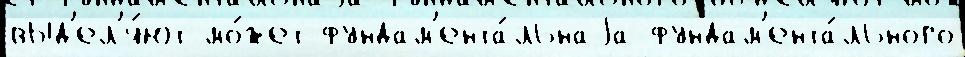
выд'ел'я́ют мо́жет фундам'ента́льнаjа фундам'ента́льного